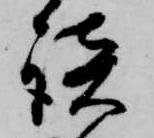
談